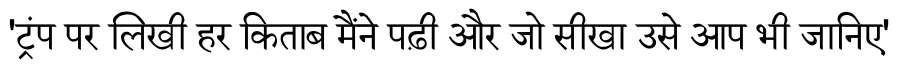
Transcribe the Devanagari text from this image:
'ट्रंप पर लिखी हर किताब मैंने पढ़ी और जो सीखा उसे आप भी जानिए'